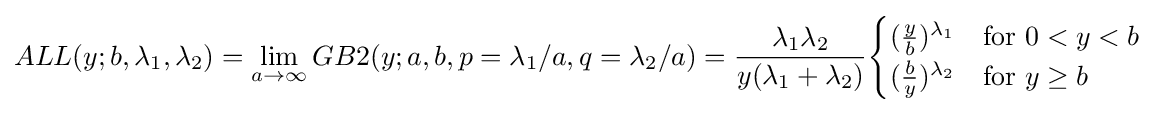
ALL(y;b,\lambda _{1},\lambda _{2})=\lim _{a\rightarrow \infty }GB2(y;a,b,p=\lambda _{1}/a,q=\lambda _{2}/a)={\frac {\lambda _{1}\lambda _{2}}{y(\lambda _{1}+\lambda _{2})}}{\begin{cases}({\frac {y}{b}})^{\lambda _{1}}&{\mbox{for }}0<y<b\\({\frac {b}{y}})^{\lambda _{2}}&{\mbox{for }}y\geq b\end{cases}}